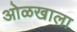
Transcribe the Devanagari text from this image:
ओळखाला